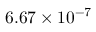
6 . 6 7 \times 1 0 ^ { - 7 }